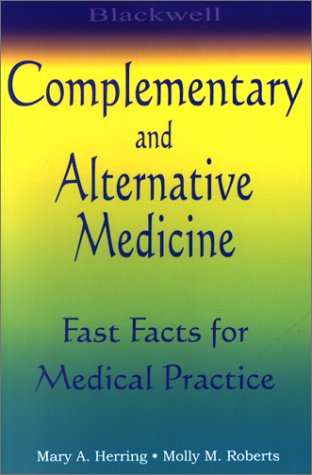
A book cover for Blackwell Complementary and Alternative Medicine: Fast Facts for Medical Practice (Complimentary and Alternative Medicine); Mary A. Herring; Health, Fitness & Dieting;